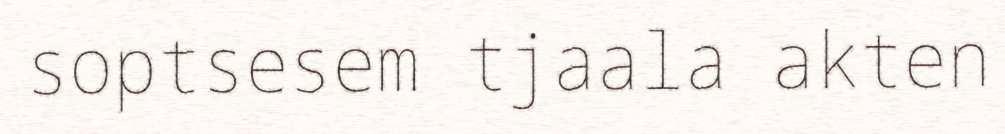
soptsesem tjaala akten